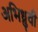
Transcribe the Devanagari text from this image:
अभिध्रुवी